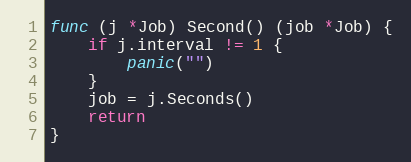
Language: Go
func (j *Job) Second() (job *Job) {
	if j.interval != 1 {
		panic("")
	}
	job = j.Seconds()
	return
}